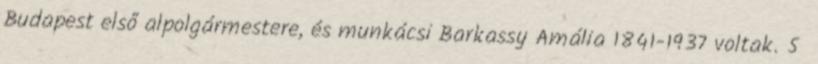
Budapest első alpolgármestere, és munkácsi Barkassy Amália 1841-1937 voltak. 5